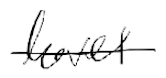
Text: level
Cross-out: single-line
Writing tool: digital_black